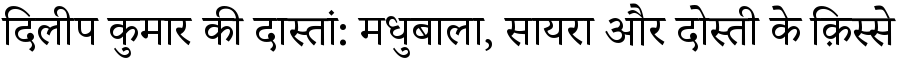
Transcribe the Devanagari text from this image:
दिलीप कुमार की दास्तां: मधुबाला, सायरा और दोस्ती के क़िस्से